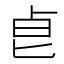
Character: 𠧢